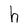
Character: h